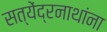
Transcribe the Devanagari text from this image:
सत्येंद्रनाथांना